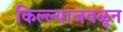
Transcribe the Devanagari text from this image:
किल्ल्याजवळून